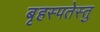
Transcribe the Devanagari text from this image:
बृहस्पतेस्तु